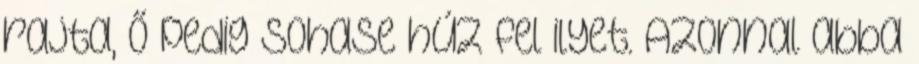
rajta, ő pedig sohase húz fel ilyet. Azonnal abba